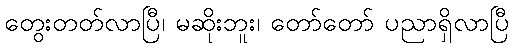
တွေးတတ်လာပြီ၊ မဆိုးဘူး၊ တော်တော် ပညာရှိလာပြီ